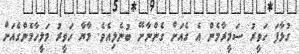
ގުޅާފަ ހަވީރު ސަމީރާމެން އެ ގެއަށް ގެންނާށޭ ބުނެލިއެވެ. މާޔާ ހަވީރު މަލީހާމެންގެއަށް